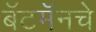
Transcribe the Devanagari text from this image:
बॅटमॅनचे